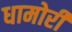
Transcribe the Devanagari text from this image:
धामोरी